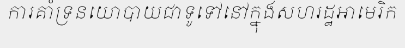
ការគាំទ្រនយោបាយជាទូទៅនៅក្នុងសហរដ្ឋអាមេរិក